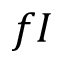
f I